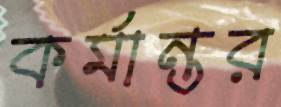
কর্মান্তর